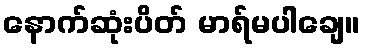
နောက်ဆုံးပိတ် မာရ်မပါချေ။